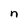
Character: n